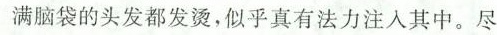
满脑袋的头发都发烫，似乎真有法力注入其中。尽